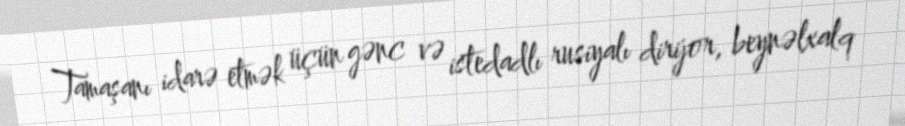
Tamaşanı idarə etmək üçün gənc və istedadlı rusiyalı dirijor, beynəlxalq